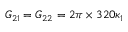
G _ { 2 1 } = G _ { 2 2 } = 2 \pi \times 3 2 0 \kappa _ { 1 }